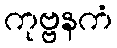
ကုဗ္ဗနကံ